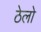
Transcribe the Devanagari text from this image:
ठेलो